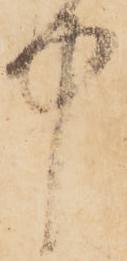
中